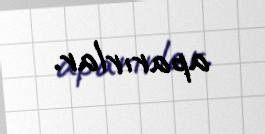
aparırlar.